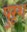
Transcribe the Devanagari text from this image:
पुरूश